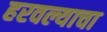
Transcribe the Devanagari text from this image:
हरवल्याचा